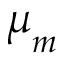
\boldsymbol { \mu } _ { m }